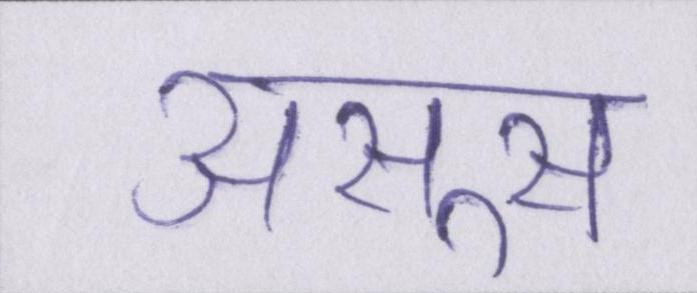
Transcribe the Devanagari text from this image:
असूस